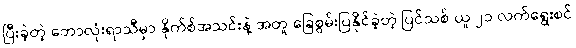
ပြီးခဲ့တဲ့ ဘောလုံးရာသီမှာ နိုက်စ်အသင်းနဲ့ အတူ ခြေစွမ်းပြနိုင်ခဲ့တဲ့ ပြင်သစ် ယူ ၂၁ လက်ရွေးစင်